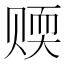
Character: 𬥻